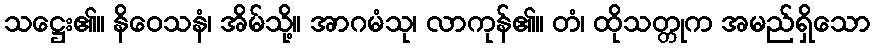
သဋ္ဌေး၏။ နိဝေသနံ၊ အိမ်သို့။ အာဂမံသု၊ လာကုန်၏။ တံ၊ ထိုသတ္တုက အမည်ရှိသော